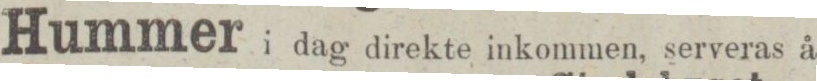
Hummer i dag direkte inkommen, serveras å